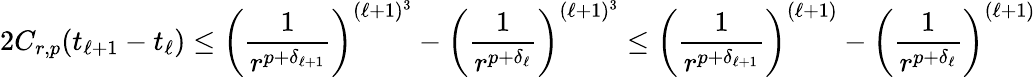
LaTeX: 2C_{r,p}(t_{\ell+1}-t_{\ell})\leq\left(\frac{1}{r^{p+\delta_{\ell+1}}}\right)^{(\ell+1)^{3}}-\left(\frac{1}{r^{p+\delta_{\ell}}}\right)^{(\ell+1)^{3}}\leq\left(\frac{1}{r^{p+\delta_{\ell+1}}}\right)^{(\ell+1)}-\left(\frac{1}{r^{p+\delta_{\ell}}}\right)^{(\ell+1)}